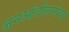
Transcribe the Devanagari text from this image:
जनआंदोलनांच्या